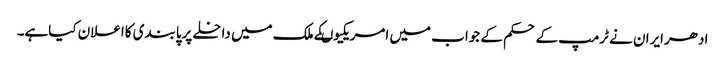
ادھرایران نے ٹرمپ کے حکم کے جواب میں امریکیوںکے ملک میں داخلے پرپابندی کااعلان کیاہے۔